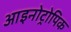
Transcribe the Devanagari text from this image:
आइनोट्रोपिक